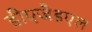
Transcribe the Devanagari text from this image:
डीएजैडएल